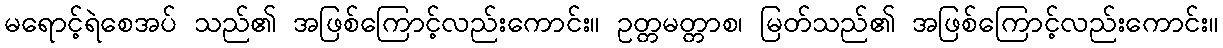
မရောင့်ရဲစေအပ် သည်၏ အဖြစ်ကြောင့်လည်းကောင်း။ ဥတ္တမတ္တာစ၊ မြတ်သည်၏ အဖြစ်ကြောင့်လည်းကောင်း။